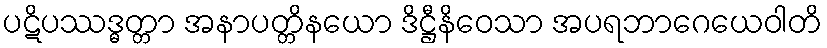
ပဋိပဿဒ္ဓတ္တာ အနာပတ္တိနယော ဒိဋ္ဌီနိဝေသာ အပရဘာဂေယေဝါတိ